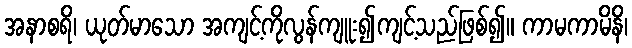
အနာစရိ၊ ယုတ်မာသော အကျင့်ကိုလွန်ကျူး၍ကျင့်သည်ဖြစ်၍။ ကာမကာမိနိ၊